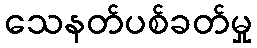
သေနတ်ပစ်ခတ်မှု